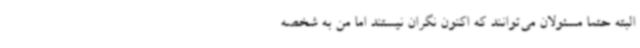
البته حتما مسئولان می‌توانند که اکنون نگران نیستند اما من به شخصه